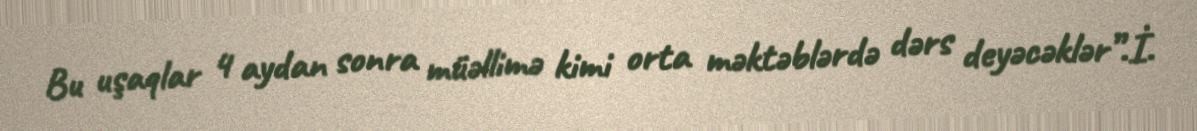
Bu uşaqlar 4 aydan sonra müəllimə kimi orta məktəblərdə dərs deyəcəklər”.İ.